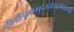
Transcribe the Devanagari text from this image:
नीलोत्पलाम्बुदतनोस्तरुणार्ककोटि